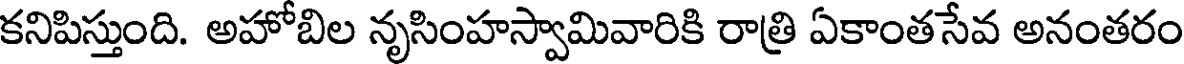
కనిపిస్తుంది. అహోబిల నృసింహస్వామివారికి రాత్రి ఏకాంతసేవ అనంతరం